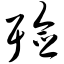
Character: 殓